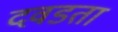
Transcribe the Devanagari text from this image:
दवडता